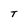
Character: T